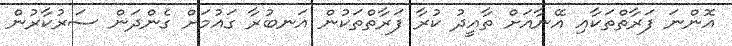
އޮންނަ ފަރާތްތަކާއި އޭނާއަށް ތާއީދު ކުރާ ފަރާތްތަކުން އަނބުރާ ގައުމަށް ގެންދަން ސަރުކާރުން